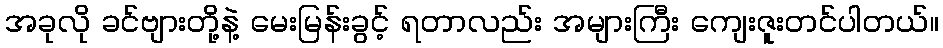
အခုလို ခင်ဗျားတို့နဲ့ မေးမြန်းခွင့် ရတာလည်း အများကြီး ကျေးဇူးတင်ပါတယ်။